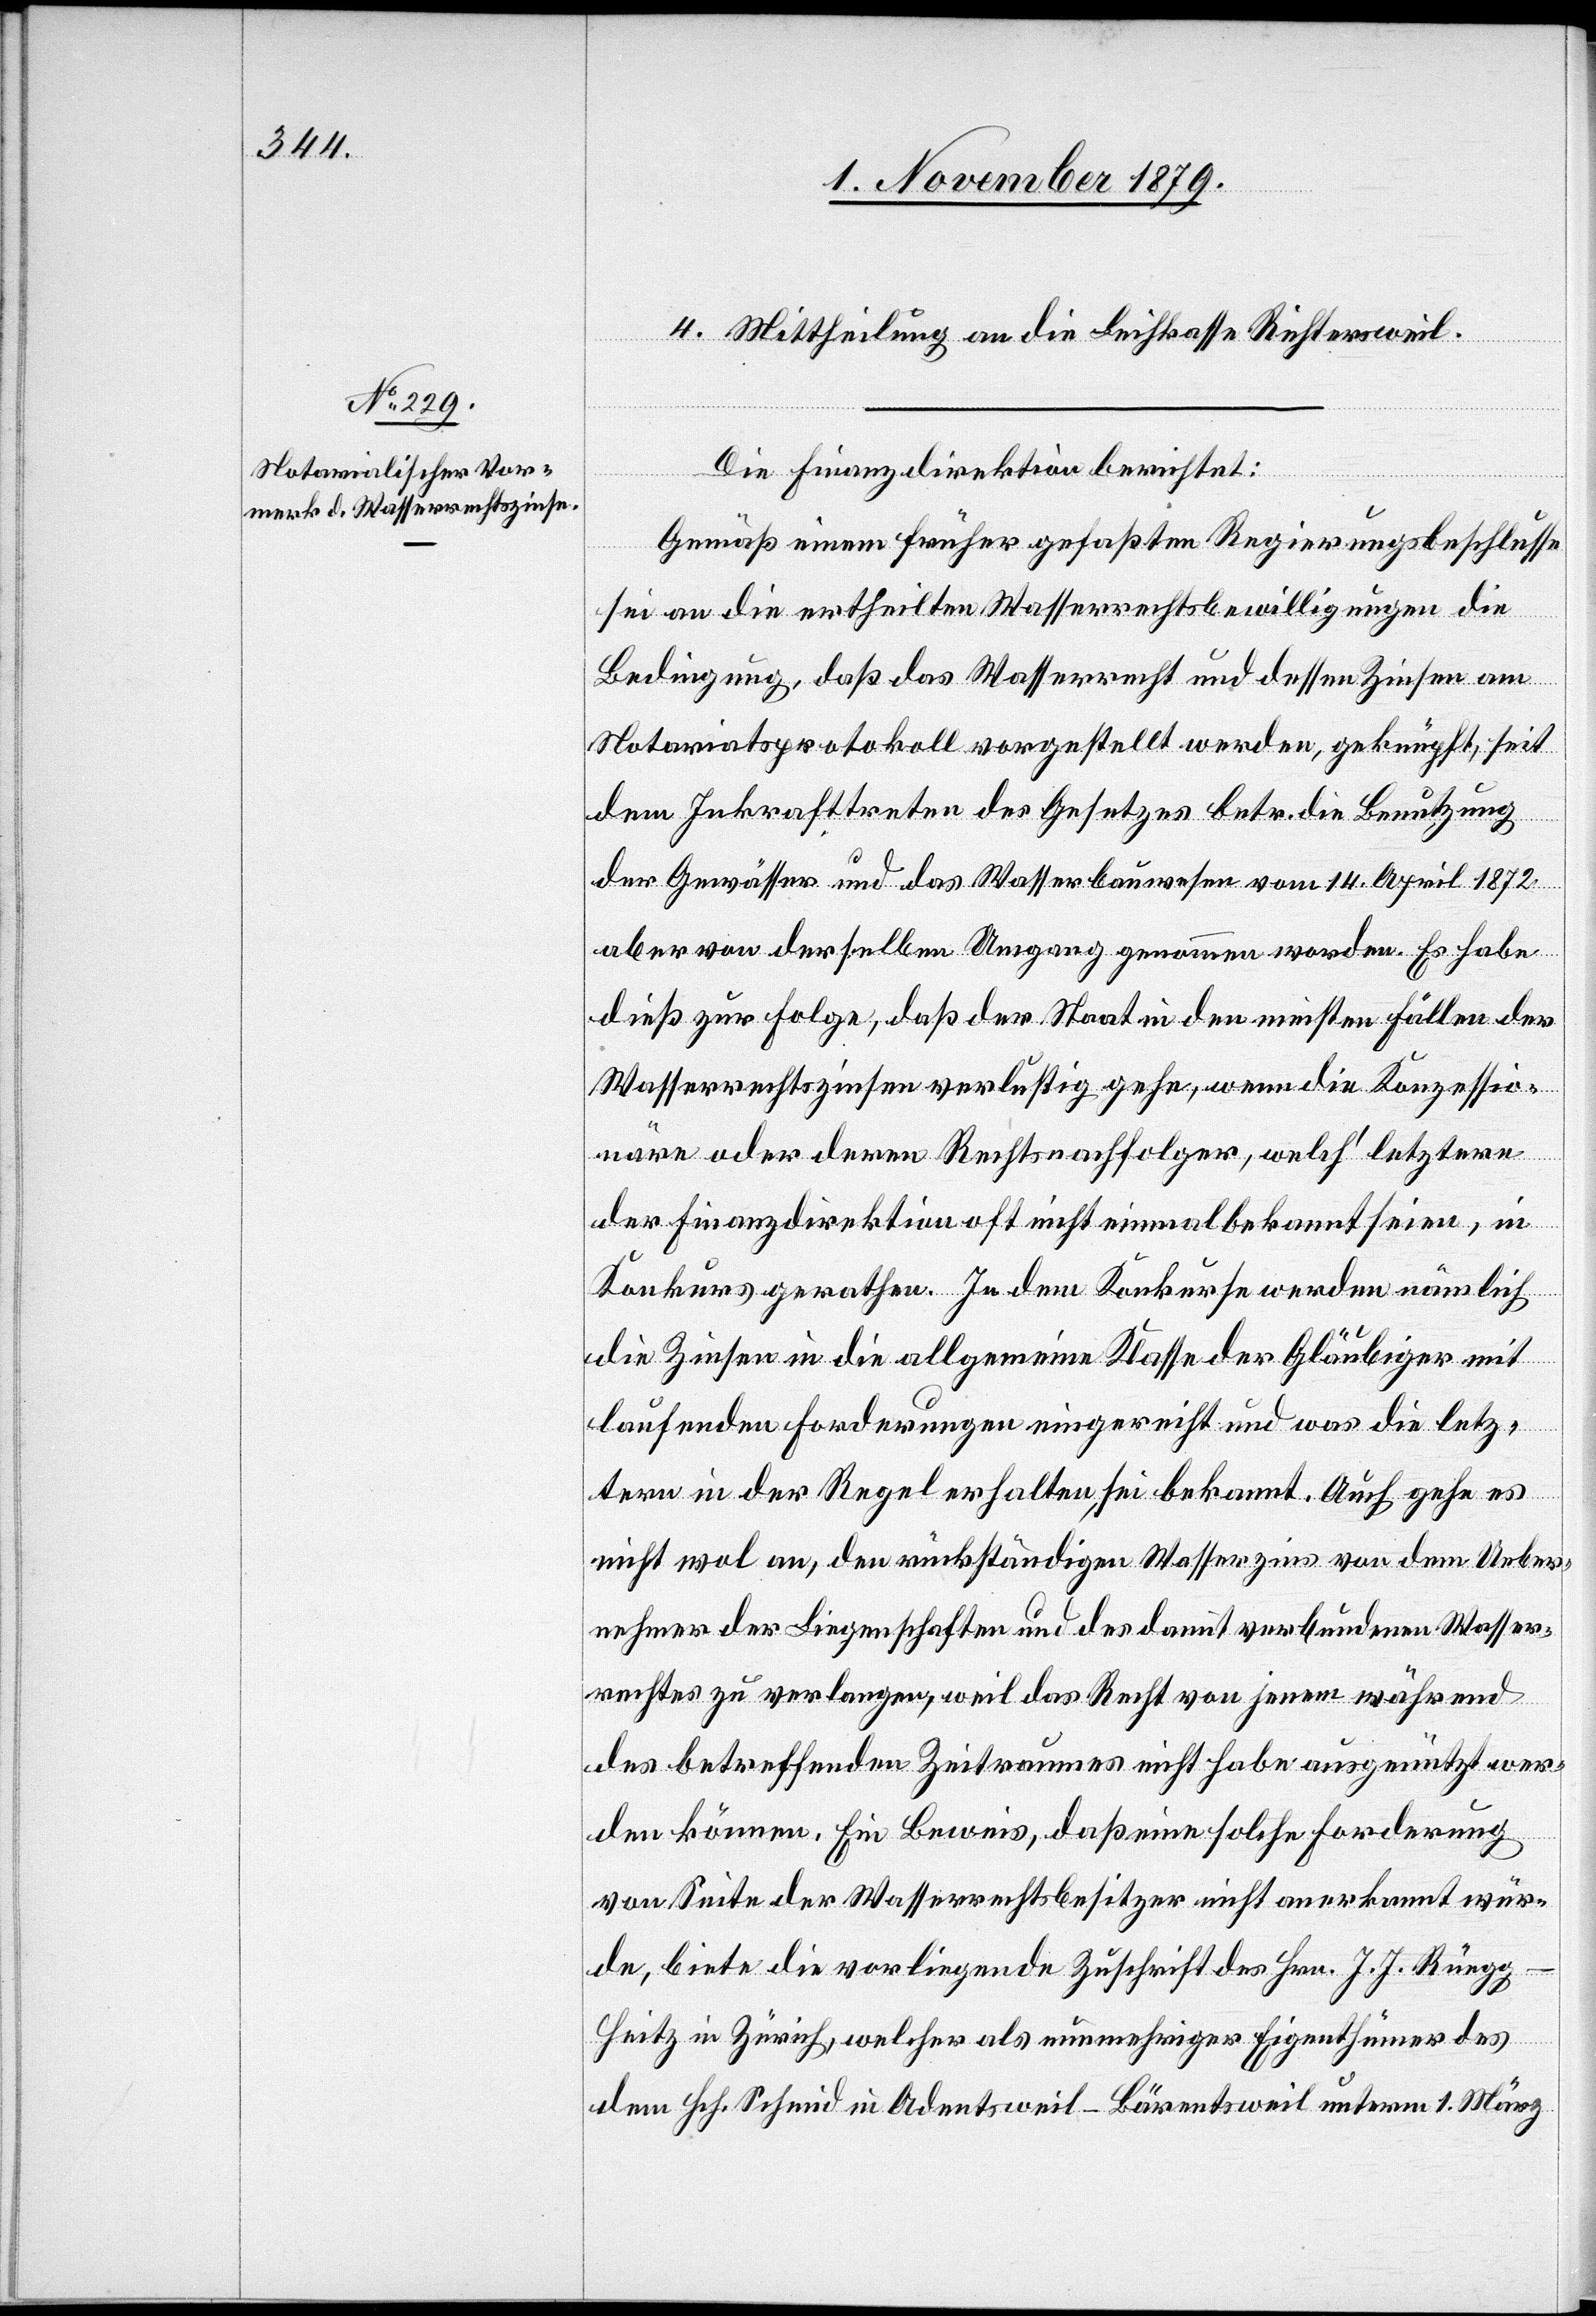
4. Mittheilung an die Leihkasse Richtersweil.
Die Finanzdirektion berichtet:
Gemäß einem früher gefaßten Regierungsbeschlusse
sei an die ertheilten Wasserrechtsbewilligungen die
Bedingung, daß das Wasserrecht und dessen Zinsen am
Notariatsprotokoll vorgestellt werden, geknüpft, seit
dem Inkrafttreten des Gesetzes betr. die Benutzung
der Gewässer und des Wasserbauwesen vom 14. April 1872
aber von derselben Umgang genommen worden. Es habe
dieß zur Folge, daß der Staat in den meisten Fällen der
Wasserrechtszinsen verlustig gehe, wenn die Konzessio¬
näre oder deren Rechtsnachfolger, welch’ letztere
der Finanzdirektion oft nicht einmal bekannt seien, in
Konkurs gerathen. In dem Konkurse werden nämlich
die Zinsen in die allgemeine Klasse der Gläubiger mit
laufenden Forderungen eingereiht und was die letz¬
tern in der Regel erhalten, sei bekannt. Auch gehe es
nicht wol an, den rückständigen Wasserzins von dem Ueber¬
nehmer der Liegenschaften und des damit verbundenen Wasser¬
rechtes zu verlangen, weil das Recht von jenem während
des betreffenden Zeitraumes nicht habe ausgewählt wer¬
den können. Ein Beweis, daß eine solche Forderung
von Seite der Wasserrechtsbesitzer nicht anerkannt wür¬
de, biete die vorliegende Zuschrift des Hrn. J. J. Rüegg-H¬
eitz in Zürich, welcher als nunmehriger Eigenthümer des
dem Hch. Schmid in Adentsweil - Bärentsweil unterm 1. März